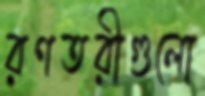
রণতরীগুলো